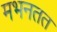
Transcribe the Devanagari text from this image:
मभनतत